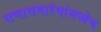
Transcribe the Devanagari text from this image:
सणासमारंभांमध्येच